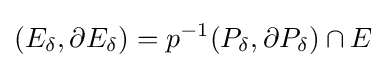
(E_{\delta },\partial E_{\delta })=p^{-1}(P_{\delta },\partial P_{\delta })\cap E